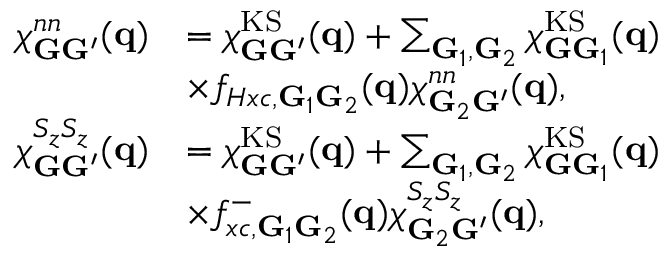
\begin{array} { r l } { \chi _ { \mathbf { G } \mathbf { G } ^ { \prime } } ^ { n n } ( \mathbf { q } ) } & { = \chi _ { \mathbf { G } \mathbf { G } ^ { \prime } } ^ { \mathrm { K S } } ( \mathbf { q } ) + \sum _ { \mathbf { G } _ { 1 } , \mathbf { G } _ { 2 } } \chi _ { \mathbf { G } \mathbf { G } _ { 1 } } ^ { \mathrm { K S } } ( \mathbf { q } ) } \\ & { \times f _ { H x c , \mathbf { G } _ { 1 } \mathbf { G } _ { 2 } } ( \mathbf { q } ) \chi _ { \mathbf { G } _ { 2 } \mathbf { G } ^ { \prime } } ^ { n n } ( \mathbf { q } ) , } \\ { \chi _ { \mathbf { G } \mathbf { G } ^ { \prime } } ^ { S _ { z } S _ { z } } ( \mathbf { q } ) } & { = \chi _ { \mathbf { G } \mathbf { G } ^ { \prime } } ^ { \mathrm { K S } } ( \mathbf { q } ) + \sum _ { \mathbf { G } _ { 1 } , \mathbf { G } _ { 2 } } \chi _ { \mathbf { G } \mathbf { G } _ { 1 } } ^ { \mathrm { K S } } ( \mathbf { q } ) } \\ & { \times f _ { x c , \mathbf { G } _ { 1 } \mathbf { G } _ { 2 } } ^ { - } ( \mathbf { q } ) \chi _ { \mathbf { G } _ { 2 } \mathbf { G } ^ { \prime } } ^ { S _ { z } S _ { z } } ( \mathbf { q } ) , } \end{array}